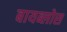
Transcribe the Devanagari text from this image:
बायब्लोस